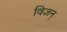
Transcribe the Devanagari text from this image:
विज्ञन्